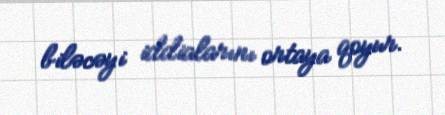
biləcəyi iddialarını ortaya qoyur.